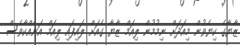
ޒާޔާގެ ކިޔެވުން މިއަދަށް ނިމުމުން ލިއަމް ޒާޔާ ގެއަށް ލައިފައި ލިއަމް އަނެއްކާވެސް